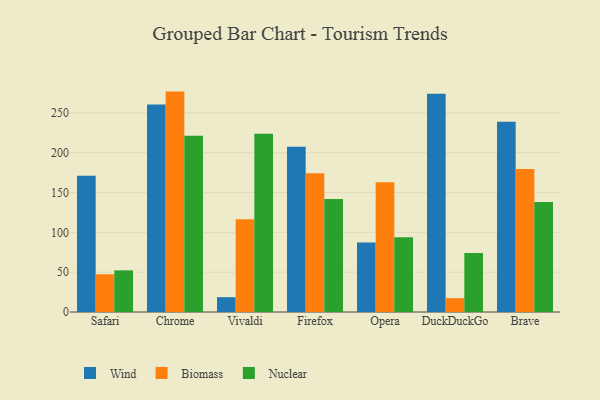
{"axis": {"x": "Browser", "y": "Revenue (USD Million)"}, "legend": ["Biomass", "Nuclear", "Wind"], "data": [{"x": "Safari", "y": 171.0, "type": "Wind"}, {"x": "Safari", "y": 47.4, "type": "Biomass"}, {"x": "Safari", "y": 52.3, "type": "Nuclear"}, {"x": "Chrome", "y": 260.6, "type": "Wind"}, {"x": "Chrome", "y": 276.7, "type": "Biomass"}, {"x": "Chrome", "y": 221.2, "type": "Nuclear"}, {"x": "Vivaldi", "y": 18.6, "type": "Wind"}, {"x": "Vivaldi", "y": 116.5, "type": "Biomass"}, {"x": "Vivaldi", "y": 223.8, "type": "Nuclear"}, {"x": "Firefox", "y": 207.6, "type": "Wind"}, {"x": "Firefox", "y": 174.3, "type": "Biomass"}, {"x": "Firefox", "y": 141.8, "type": "Nuclear"}, {"x": "Opera", "y": 87.4, "type": "Wind"}, {"x": "Opera", "y": 163.0, "type": "Biomass"}, {"x": "Opera", "y": 93.7, "type": "Nuclear"}, {"x": "DuckDuckGo", "y": 274.0, "type": "Wind"}, {"x": "DuckDuckGo", "y": 17.4, "type": "Biomass"}, {"x": "DuckDuckGo", "y": 74.0, "type": "Nuclear"}, {"x": "Brave", "y": 238.9, "type": "Wind"}, {"x": "Brave", "y": 179.4, "type": "Biomass"}, {"x": "Brave", "y": 138.1, "type": "Nuclear"}]}